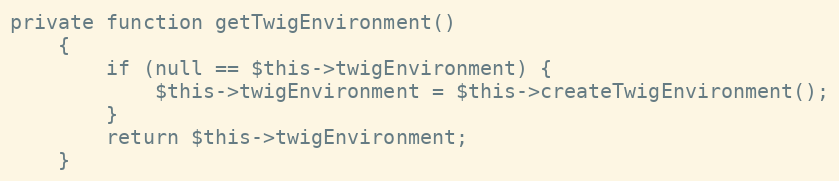
Language: PHP
private function getTwigEnvironment()
    {
        if (null == $this->twigEnvironment) {
            $this->twigEnvironment = $this->createTwigEnvironment();
        }
        return $this->twigEnvironment;
    }